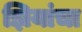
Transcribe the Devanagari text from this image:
झियांचा